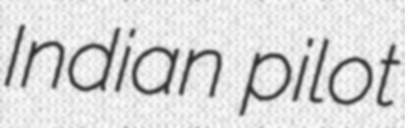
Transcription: Indian pilot